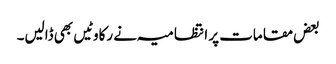
بعض مقامات پر انتظامیہ نے رکاوٹیں بھی ڈالیں۔